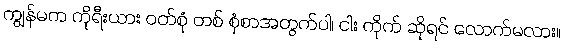
ကျွန်မက ကိုရီးယား ဝတ်စုံ တစ် စုံစာအတွက်ပါ၊ ငါး ကိုက် ဆိုရင် လောက်မလား။